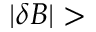
| \delta B | >